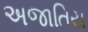
અજાતિય